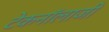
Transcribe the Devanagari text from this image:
टेकनॉलाजी